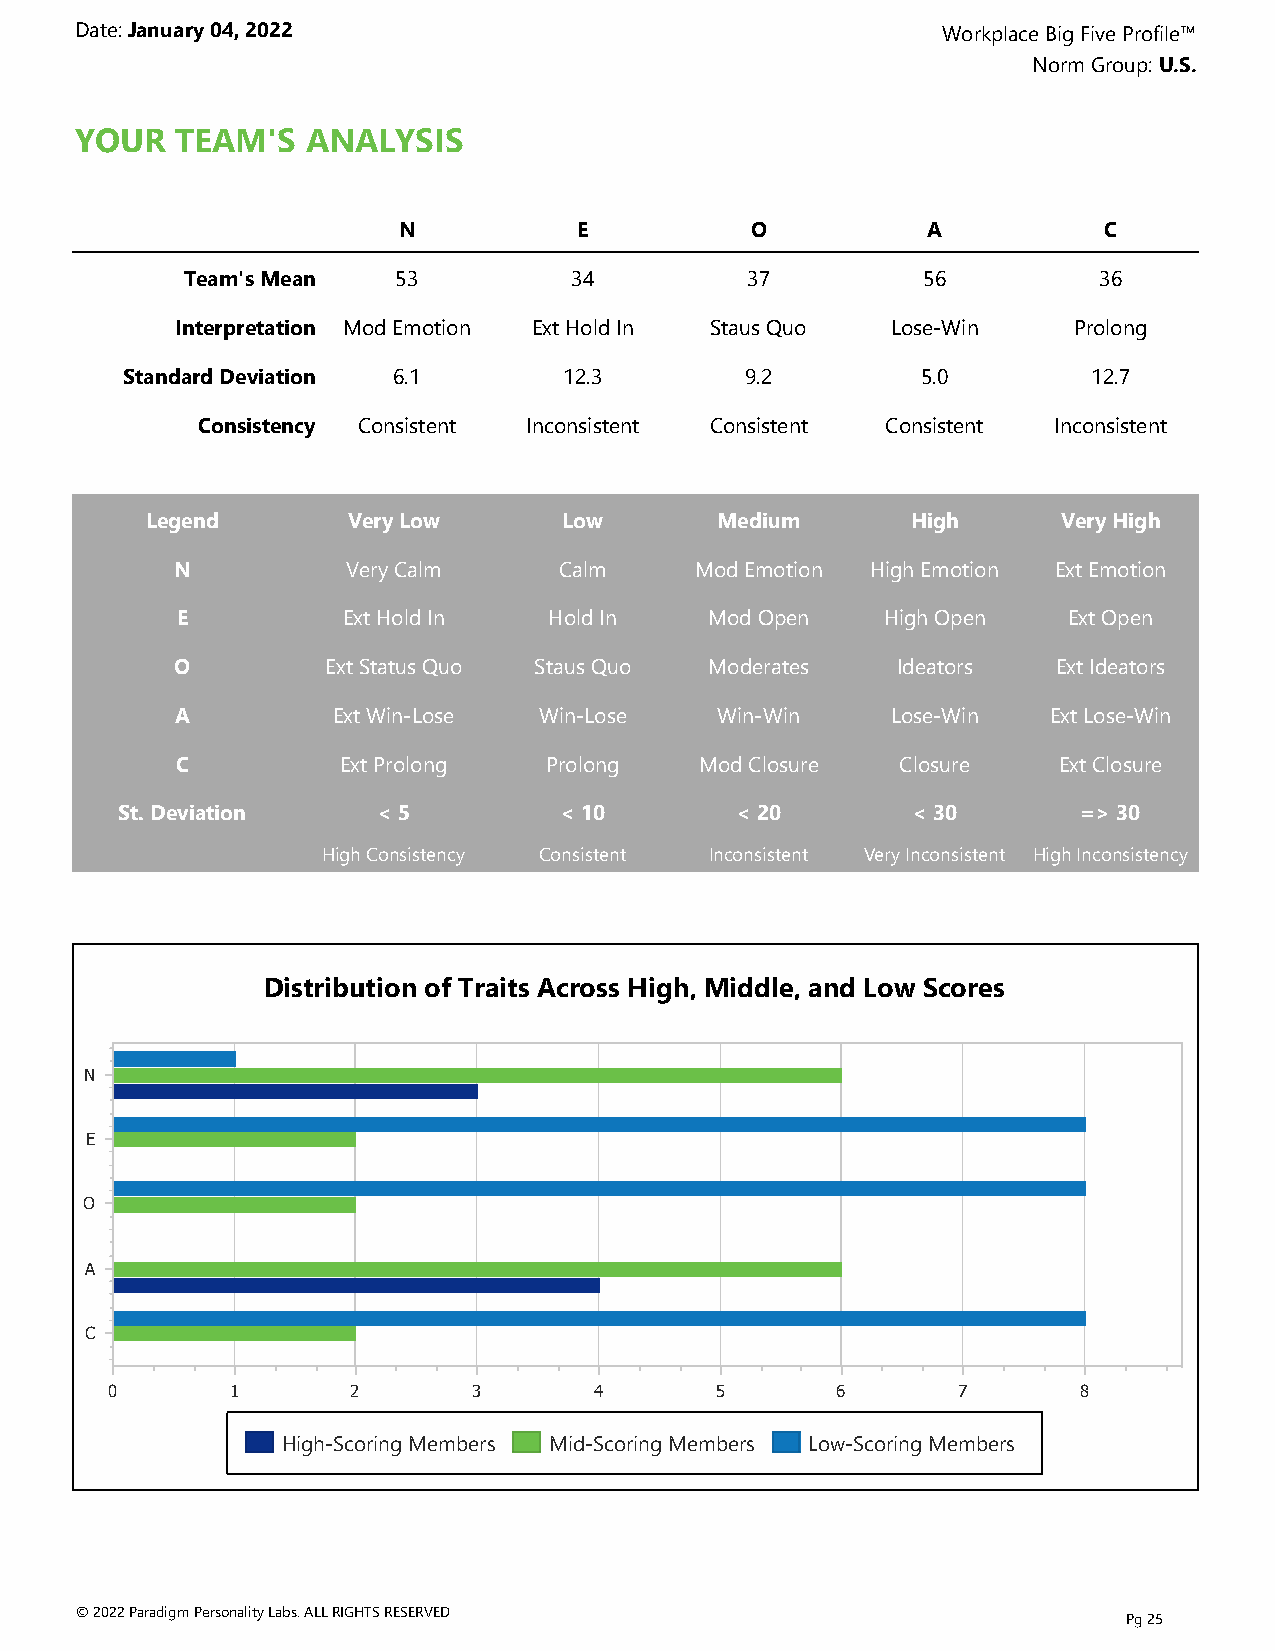
Date: January 04, 2022                                   Workplace Big Five Profile™
 Norm Group: U.S.
 YOUR   TEAM'S  ANALYSIS
 N           E           O          A           C
 Team's Mean   53          34         37          56          36
 Interpretation Mod Emotion Ext Hold In Staus Quo Lose-Win  Prolong
 Standard Deviation 6.1       12.3        9.2         5.0        12.7
 Consistency Consistent Inconsistent Consistent Consistent Inconsistent
 Legend       Very Low      Low       Medium       High      Very High
 N          Very Calm     Calm     Mod Emotion High Emotion Ext Emotion
 E          Ext Hold In  Hold In    Mod Open   High Open    Ext Open
 O         Ext Status Quo Staus Quo Moderates   Ideators   Ext Ideators
 A         Ext Win-Lose  Win-Lose    Win-Win    Lose-Win  Ext Lose-Win
 C          Ext Prolong  Prolong   Mod Closure   Closure   Ext Closure
 St. Deviation    < 5         < 10        < 20       < 30        => 30
 High Consistency Consistent Inconsistent Very Inconsistent High Inconsistency
 Distribution of Traits Across High, Middle, and Low Scores
 N
 E
 O
 A
 C
 0       1       2       3       4       5       6       7        8
 High-Scoring Members Mid-Scoring Members Low-Scoring Members
 © 2022 Paradigm Personality Labs. ALL RIGHTS RESERVED
 Pg 25